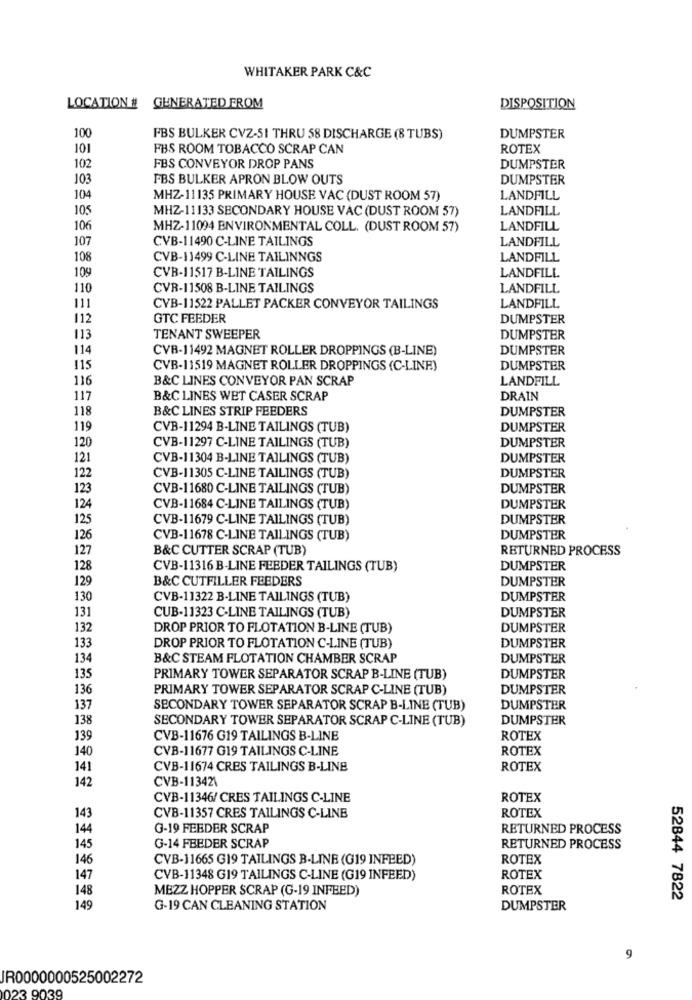
WHITAKER PARK C&C
LOCATION #
GENERATED FROM
DISPOSITION
100
FBS BULKER CVZ-51 THRU 58 DISCHARGE (8 TUBS)
DUMPSTER
101
FBS ROOM TOBACCO SCRAP CAN
ROTEX
102
FBS CONVEYOR DROP PANS
DUMPSTER
103
FBS BULKER APRON BLOW OUTS
DUMPSTER
104
MHZ-11135 PRIMARY HOUSE VAC (DUST ROOM 57)
LANDFILL
105
MHZ-11133 SECONDARY HOUSE VAC (DUST ROOM 57)
LANDFILL
106
MHZ-11094 ENVIRONMENTAL COLL. (DUST ROOM 57)
LANDFILL
107
CVB-11490 C-LINE TAILINGS
LANDFILL
108
CVB-11499 C-LINE TAILINNGS
LANDFILL
109
CVB-11517 B-LINE TAILINGS
LANDFILL
110
CVR-11508 B-LINE TAILINGS
LANDFILL
111
CVB-11522 PALLET PACKER CONVEYOR TAILINGS
LANDFILL
112
GTC FEEDER
DUMPSTER
113
TENANT SWEEPER
DUMPSTER
114
CVR-11492 MAGNET ROLLER DROPPINGS (B-LINE)
DUMPSTER
115
CVB-11519 MAGNET ROLLER DROPPINGS (C-LINE)
DUMPSTER
116
B&C LINES CONVEYOR PAN SCRAP
LANDFILL
117
B&C LINES WET CASER SCRAP
DRAIN
118
B&C LINES STRIP FEEDERS
DUMPSTER
119
CVB-11294 B-LINE TAILINGS (TUB)
DUMPSTER
120
CVB-11297 C-LINE TAILINGS (TUB)
DUMPSTER
121
CVB-11304 B-LINE TAILINGS (TUB)
DUMPSTER
122
DUMPSTER
CVB-11305 C-LINE TAILINGS (TUB)
123
CVB-11680 C-LINE TAILINGS (TUB)
DUMPSTER
124
CVB-11684 C-LINE TAILINGS (TUB)
DUMPSTER
125
CVB-11679 C-LINE TAILINGS (TUB)
DUMPSTER
126
CVB-11678 C-LINE TAILINGS (TUB)
DUMPSTER
127
B&C CUTTER SCRAP (TUB)
RETURNED PROCESS
128
CVB-11316 B-LINE FEEDER TAILINGS (TUB)
DUMPSTER
129
B&C CUTFILLER FEEDERS
DUMPSTER
130
CVB-11322 B-LINE TAILINGS (TUB)
DUMPSTER
131
DUMPSTER
CUB-11323 C-LINE TAILINGS (TUB)
132
DROP PRIOR TO FLOTATION B-LINE (TUB)
DUMPSTER
133
DROP PRIOR TO FLOTATION C-LINE (TUB)
DUMPSTER
134
B&C STEAM FLOTATION CHAMBER SCRAP
DUMPSTER
135
PRIMARY TOWER SEPARATOR SCRAP B-LINE (TUB)
DUMPSTER
136
PRIMARY TOWER SEPARATOR SCRAP C-LINE (TUB)
DUMPSTER
137
SECONDARY TOWER SEPARATOR SCRAP B-LINE (TUB)
DUMPSTER
138
SECONDARY TOWER SEPARATOR SCRAP C-LINE (TUB)
DUMPSTER
139
CVB-11676 G19 TAILINGS B-LINE
ROTEX
140
CVB-11677 G19 TAILINGS C-LINE
ROTEX
141
CVB-11674 CRES TAILINGS B-LINE
ROTEX
142
CVB-113421
CVB-11346/ CRES TAILINGS C-LINE
ROTEX
143
ROTEX
CVB-11357 CRES TAILINGS C-LINE
144
G-19 FEEDER SCRAP
RETURNED PROCESS
G-14 FEEDER SCRAP
145
RETURNED PROCESS
146
CVB-11665 G19 TAILINGS B-LINE (G19 INFEED)
ROTEX
147
CVB-11348 G19 TAILINGS C-LINE (G19 INFEED)
ROTEX
148
MEZZ HOPPER SCRAP (G-19 INFEED)
ROTEX
52844 7822
149
G-19 CAN CLEANING STATION
DUMPSTER
9
R0000000525002272
023 9039